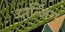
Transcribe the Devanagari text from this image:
दान्जिग